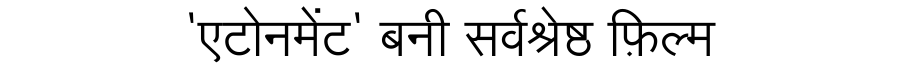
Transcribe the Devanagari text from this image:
'एटोनमेंट' बनी सर्वश्रेष्ठ फ़िल्म